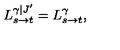
L _ { s \to t } ^ { \gamma | J ^ { \prime } } = L _ { s \to t } ^ { \gamma } ,